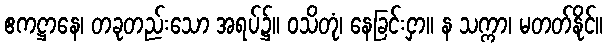
ဧကဋ္ဌာနေ၊ တခုတည်းသော အရပ်၌။ ဝသိတုံ၊ နေခြင်းငှာ။ န သက္ကာ၊ မတတ်နိုင်။